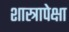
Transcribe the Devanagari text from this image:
शास्त्रापेक्षा